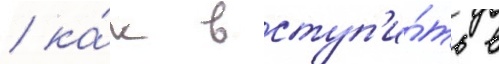
/ ка́к вступ'и́ть в